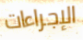
الإجراءات